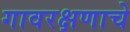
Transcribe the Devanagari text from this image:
गावरक्षणाचे